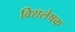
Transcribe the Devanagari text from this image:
विशलेषक